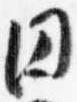
円